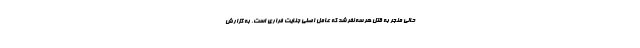
حالی منجر به قتل هر سه نفر شد که عامل اصلی جنایت فراری است. به گزارش